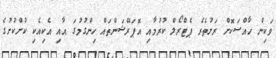
ވަކިން ހާއްސަކޮށް ރަށުތެރެ ޕެޓްރޯލް ކުރުމާއި އޮޕަރޭޝަންތައް ހިންގުމުގަ އާއި އެކިއެކި ކުށްކުށުގެ